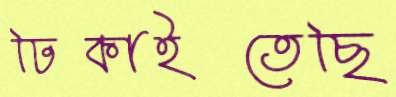
ঢিকাইতেছি